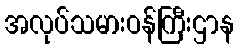
အလုပ်သမားဝန်ကြီးဌာန